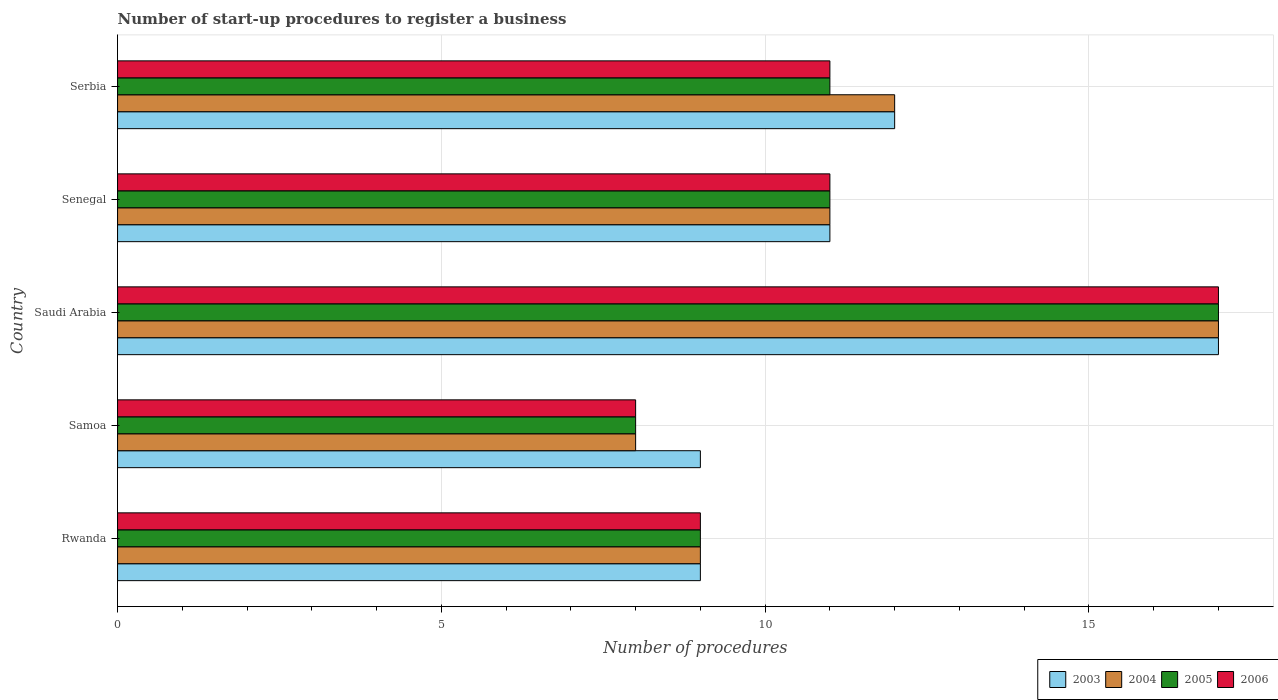
| Country | 2003 | 2004 | 2005 | 2006 |
 | --- | --- | --- | --- | --- |
 | Rwanda | 9 | 9 | 9 | 9 |
 | Samoa | 9 | 8 | 8 | 8 |
 | Saudi Arabia | 17 | 17 | 17 | 17 |
 | Senegal | 11 | 11 | 11 | 11 |
 | Serbia | 12 | 12 | 11 | 11 |